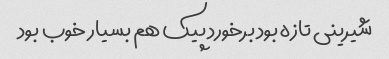
شیرینی تازه بود برخورد پیک هم بسیار خوب بود